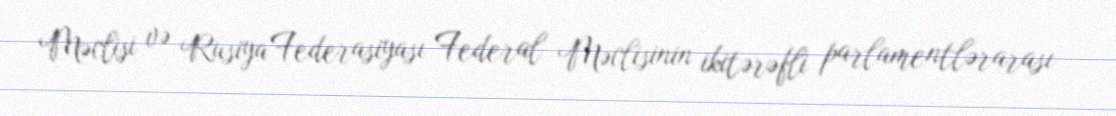
Məclisi və Rusiya Federasiyası Federal Məclisinin ikitərəfli parlamentlərarası